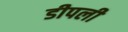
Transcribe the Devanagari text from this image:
डीपली